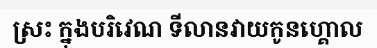
ស្រះ ក្នុងបរិវេណ ទីលានវាយកូនហ្គោល